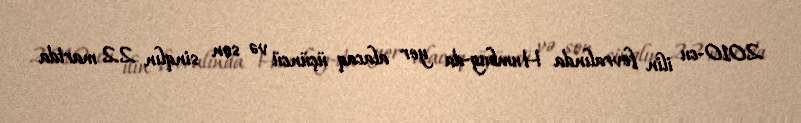
2010-cu ilin fevralında Humbug-da yer alacaq üçüncü və son sinqlın 22 martda